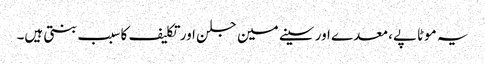
یہ موٹاپے، معدے اور سینے مین جلن اور تکلیف کا سبب بنتی ہیں۔